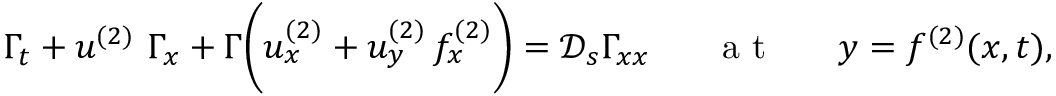
\begin{array} { r } { \Gamma _ { t } + u ^ { ( 2 ) } ~ \Gamma _ { x } + \Gamma \biggl ( u _ { x } ^ { ( 2 ) } + u _ { y } ^ { ( 2 ) } \, f _ { x } ^ { ( 2 ) } \biggr ) = \mathcal { D } _ { s } \Gamma _ { x x } ~ ~ ~ ~ ~ \mathrm { ~ a ~ t ~ } ~ ~ ~ ~ ~ y = f ^ { ( 2 ) } ( x , t ) , } \end{array}